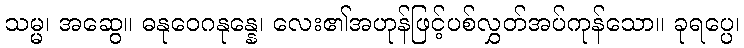
သမ္မ၊ အဆွေ။ ဓနုဝေဂနုန္နေ၊ လေး၏အဟုန်ဖြင့်ပစ်လွှတ်အပ်ကုန်သော။ ခုရပ္ပေ၊